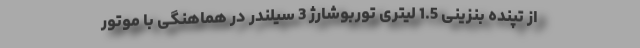
از تپنده بنزینی 1.5 لیتری توربوشارژ 3 سیلندر در هماهنگی با موتور